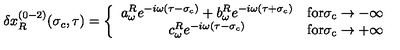
\delta x _ { R } ^ { ( 0 - 2 ) } ( \sigma _ { c } , \tau ) = \left\{ \begin{array} { c l } { a _ { \omega } ^ { R } e ^ { - i \omega ( \tau - \sigma _ { c } ) } + b _ { \omega } ^ { R } e ^ { - i \omega ( \tau + \sigma _ { c } ) } } & { \mathrm { f o r \sigma _ c \rightarrow - \infty } } \\ { c _ { \omega } ^ { R } e ^ { - i \omega ( \tau - \sigma _ { c } ) } } & { \mathrm { f o r \sigma _ c \rightarrow + \infty } } \\ \end{array} \right.